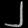
Digit: ၂